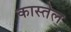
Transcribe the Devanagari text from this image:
कास्तेल